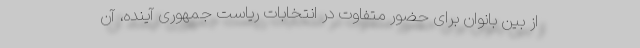
از بین بانوان برای حضور متفاوت در انتخابات ریاست جمهوری آینده، آن